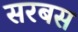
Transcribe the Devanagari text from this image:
सरबस